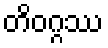
တိဝဂ္ဂဿ